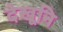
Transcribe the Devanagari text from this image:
देखूनि